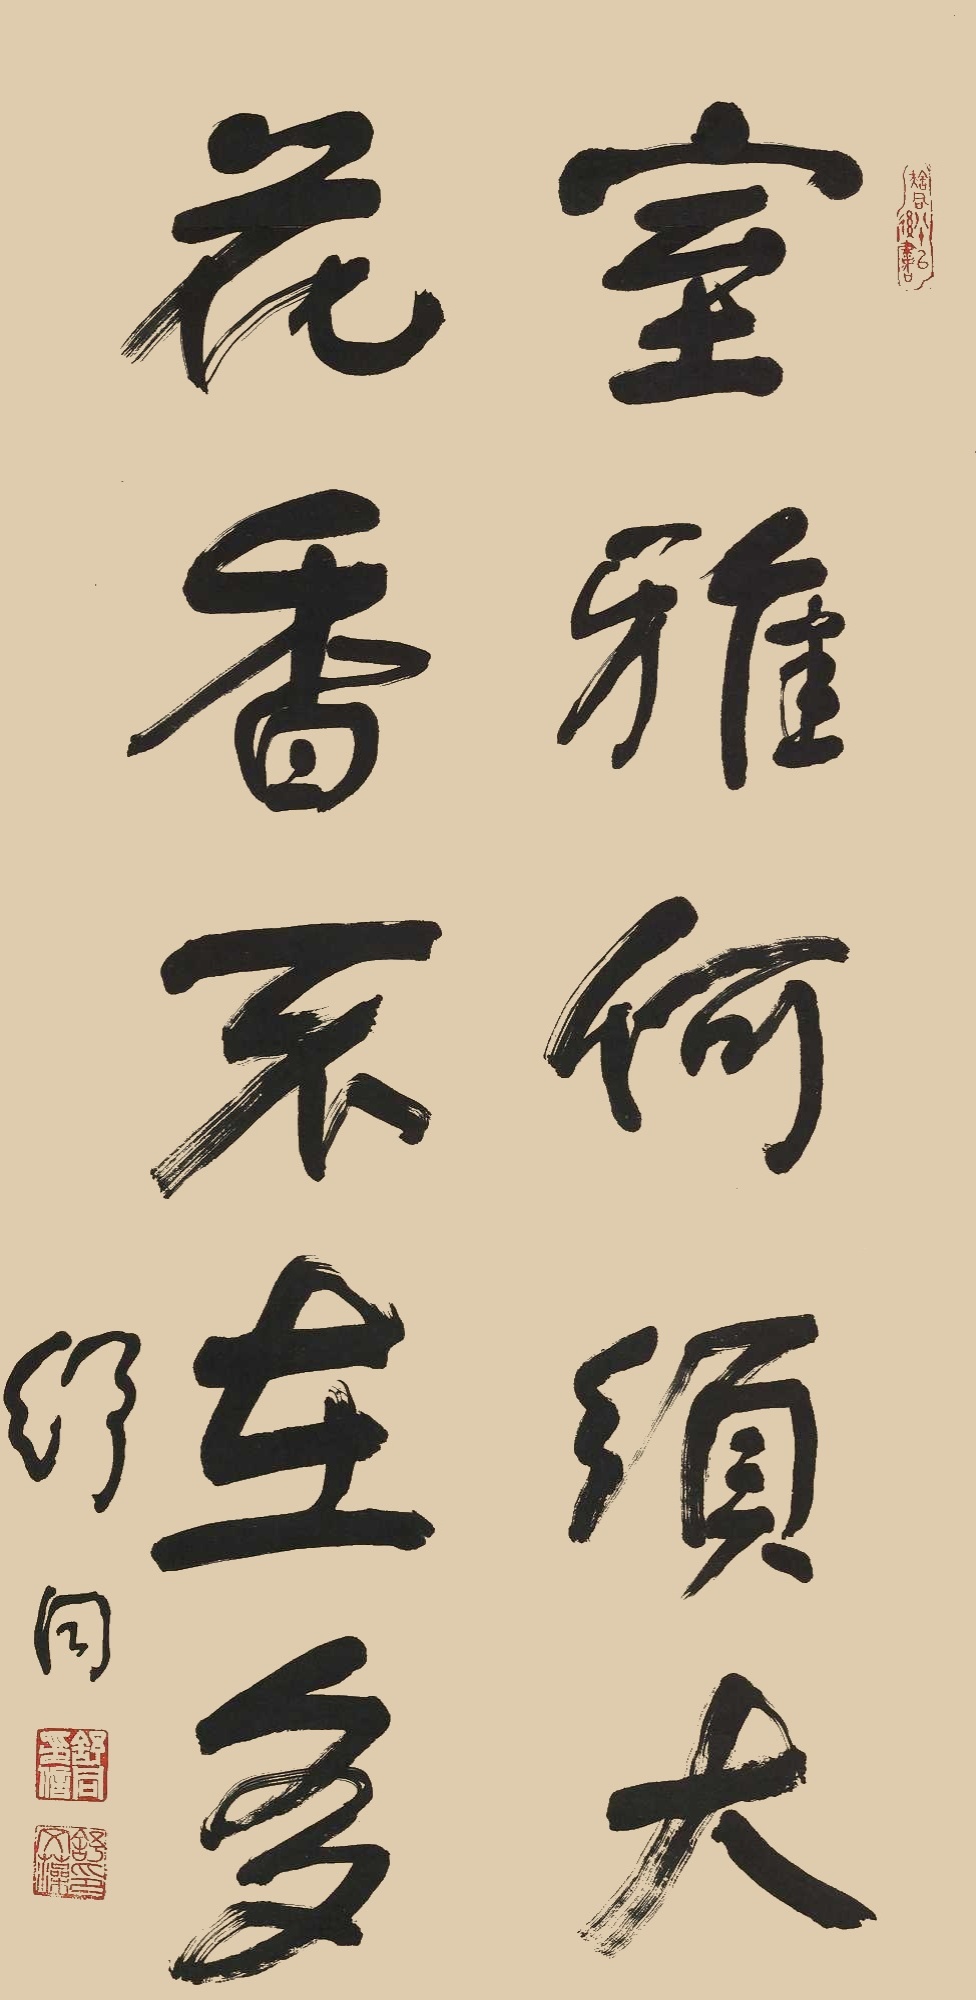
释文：室雅何须大，花香不在多。舒同。